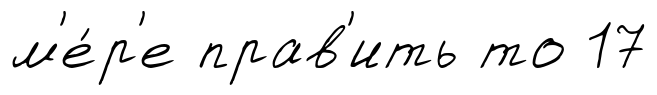
м'е́р'е прав'ить то 17